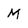
Character: M